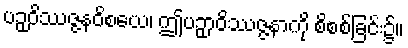
ပဉှဝိဿဇ္ဇနဝိစယေ၊ ဤပဉှာဝိဿဇ္ဇနာကို စိစစ်ခြင်း၌။